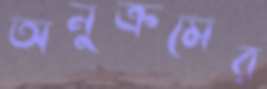
অনুক্রমের